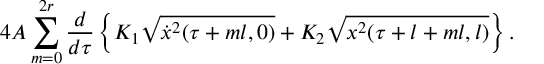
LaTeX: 4 A \sum _ { m = 0 } ^ { 2 r } \frac { d } { d \tau } \left\{ K _ { 1 } \sqrt { \dot { x } ^ { 2 } ( \tau + m l , 0 ) } + K _ { 2 } \sqrt { x ^ { 2 } ( \tau + l + m l , l ) } \right\} .